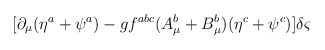
\begin{align*}[\partial _{\mu }(\eta ^{a}+\psi ^{a})-gf^{abc}(A^{b}_{\mu }+B^{b}_{\mu })(\eta ^{c}+\psi ^{c})]\delta \varsigma\end{align*}